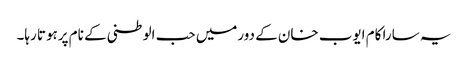
یہ سارا کام ایوب خان کے دورمیں حب الوطنی کے نام پرہوتا رہا۔